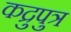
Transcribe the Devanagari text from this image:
कद्रुपुत्र